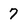
Character: 7